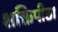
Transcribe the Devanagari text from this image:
शक्तिपीठ।